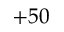
+ 5 0